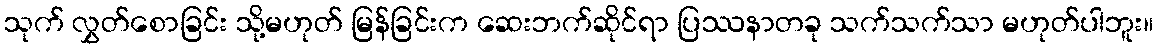
သုက် လွှတ်စောခြင်း သို့မဟုတ် မြန်ခြင်းက ဆေးဘက်ဆိုင်ရာ ပြဿနာတခု သက်သက်သာ မဟုတ်ပါဘူး။